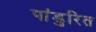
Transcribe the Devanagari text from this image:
पांडुरित